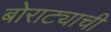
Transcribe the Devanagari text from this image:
बोराट्याची